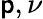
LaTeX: \mathsf{p},\nu